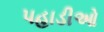
પહાડીઓ